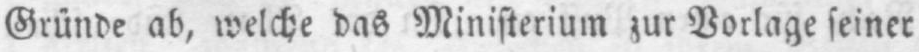
Gründe ab, welche das Ministerium zur Vorlage seiner